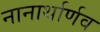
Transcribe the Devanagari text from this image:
नानार्थार्णव